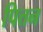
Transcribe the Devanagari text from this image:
पित्तन